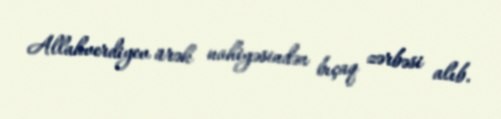
Allahverdiyev ürək nahiyəsindən bıçaq zərbəsi alıb.